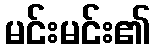
မင်းမင်း၏